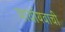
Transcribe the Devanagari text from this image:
पार्यायवाची